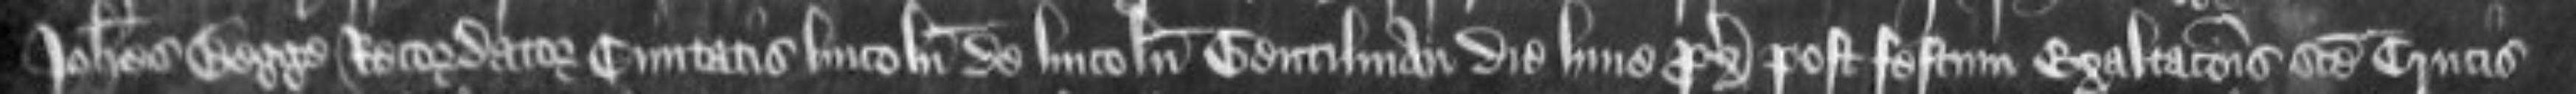
Johannes Begge Recordator civitatis Lincolnie de Lincoln Gentilman die Lune proxima post festum Exaltationis Sancte Crucis